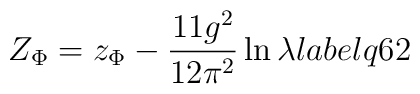
Z_{\Phi} =  z_{\Phi}  - \frac{11 g^2}{12 \pi^2} \ln \lambda \